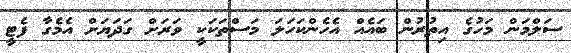
ސަލްމަން މަހުގެ އިތުރުން ބައެއް އެެހެންކަހަލަ މަސްތަކަކީ ވަަރަށް ގަދަޔަށް އެމެގާ ފެޓީ